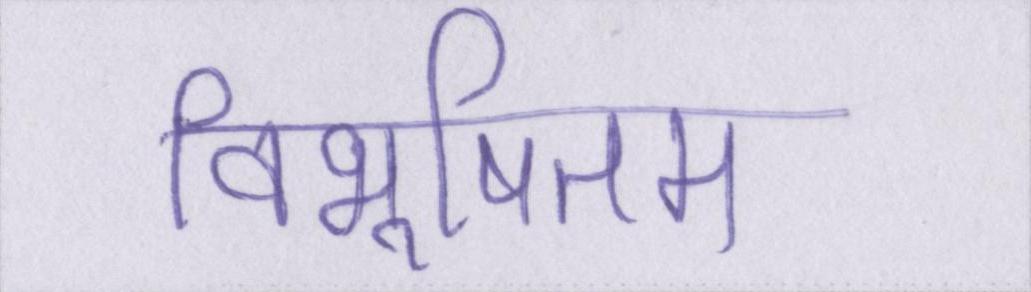
विभूषितम